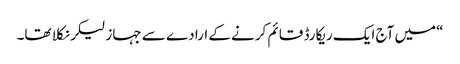
“میں آج ایک ریکارڈ قائم کرنے کے ارادے سے جہاز لیکر نکلا تھا۔